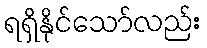
ရရှိနိုင်သော်လည်း